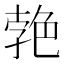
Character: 𦫛